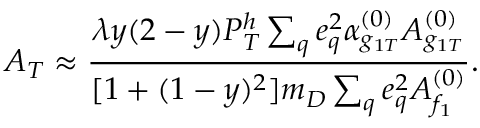
{ \cal A } _ { T } \approx \frac { \lambda y ( 2 - y ) P _ { T } ^ { h } \sum _ { q } e _ { q } ^ { 2 } \alpha _ { g _ { 1 T } } ^ { ( 0 ) } A _ { g _ { 1 T } } ^ { ( 0 ) } } { [ 1 + ( 1 - y ) ^ { 2 } ] m _ { D } \sum _ { q } e _ { q } ^ { 2 } A _ { f _ { 1 } } ^ { ( 0 ) } } .